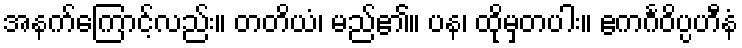
အနက်ကြောင့်လည်း။ တတိယံ၊ မည်၏။ ပန၊ ထိုမှတပါး။ ဧကင်္ဂဝိပ္ပဟီနံ